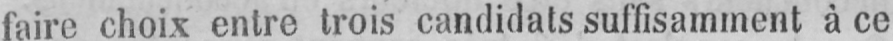
faire choix entre trois candidats suffisamment à ce